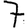
Digit: 7